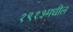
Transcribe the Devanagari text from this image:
१९१३मधील